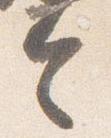
令